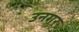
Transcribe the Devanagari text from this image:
उनगर